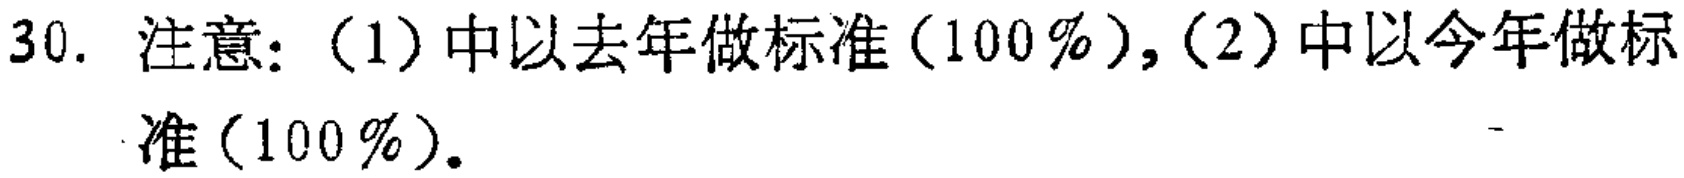
30. 注意：（1）中以去年做标准（100%）,（2）中以今年做标准（100%）.